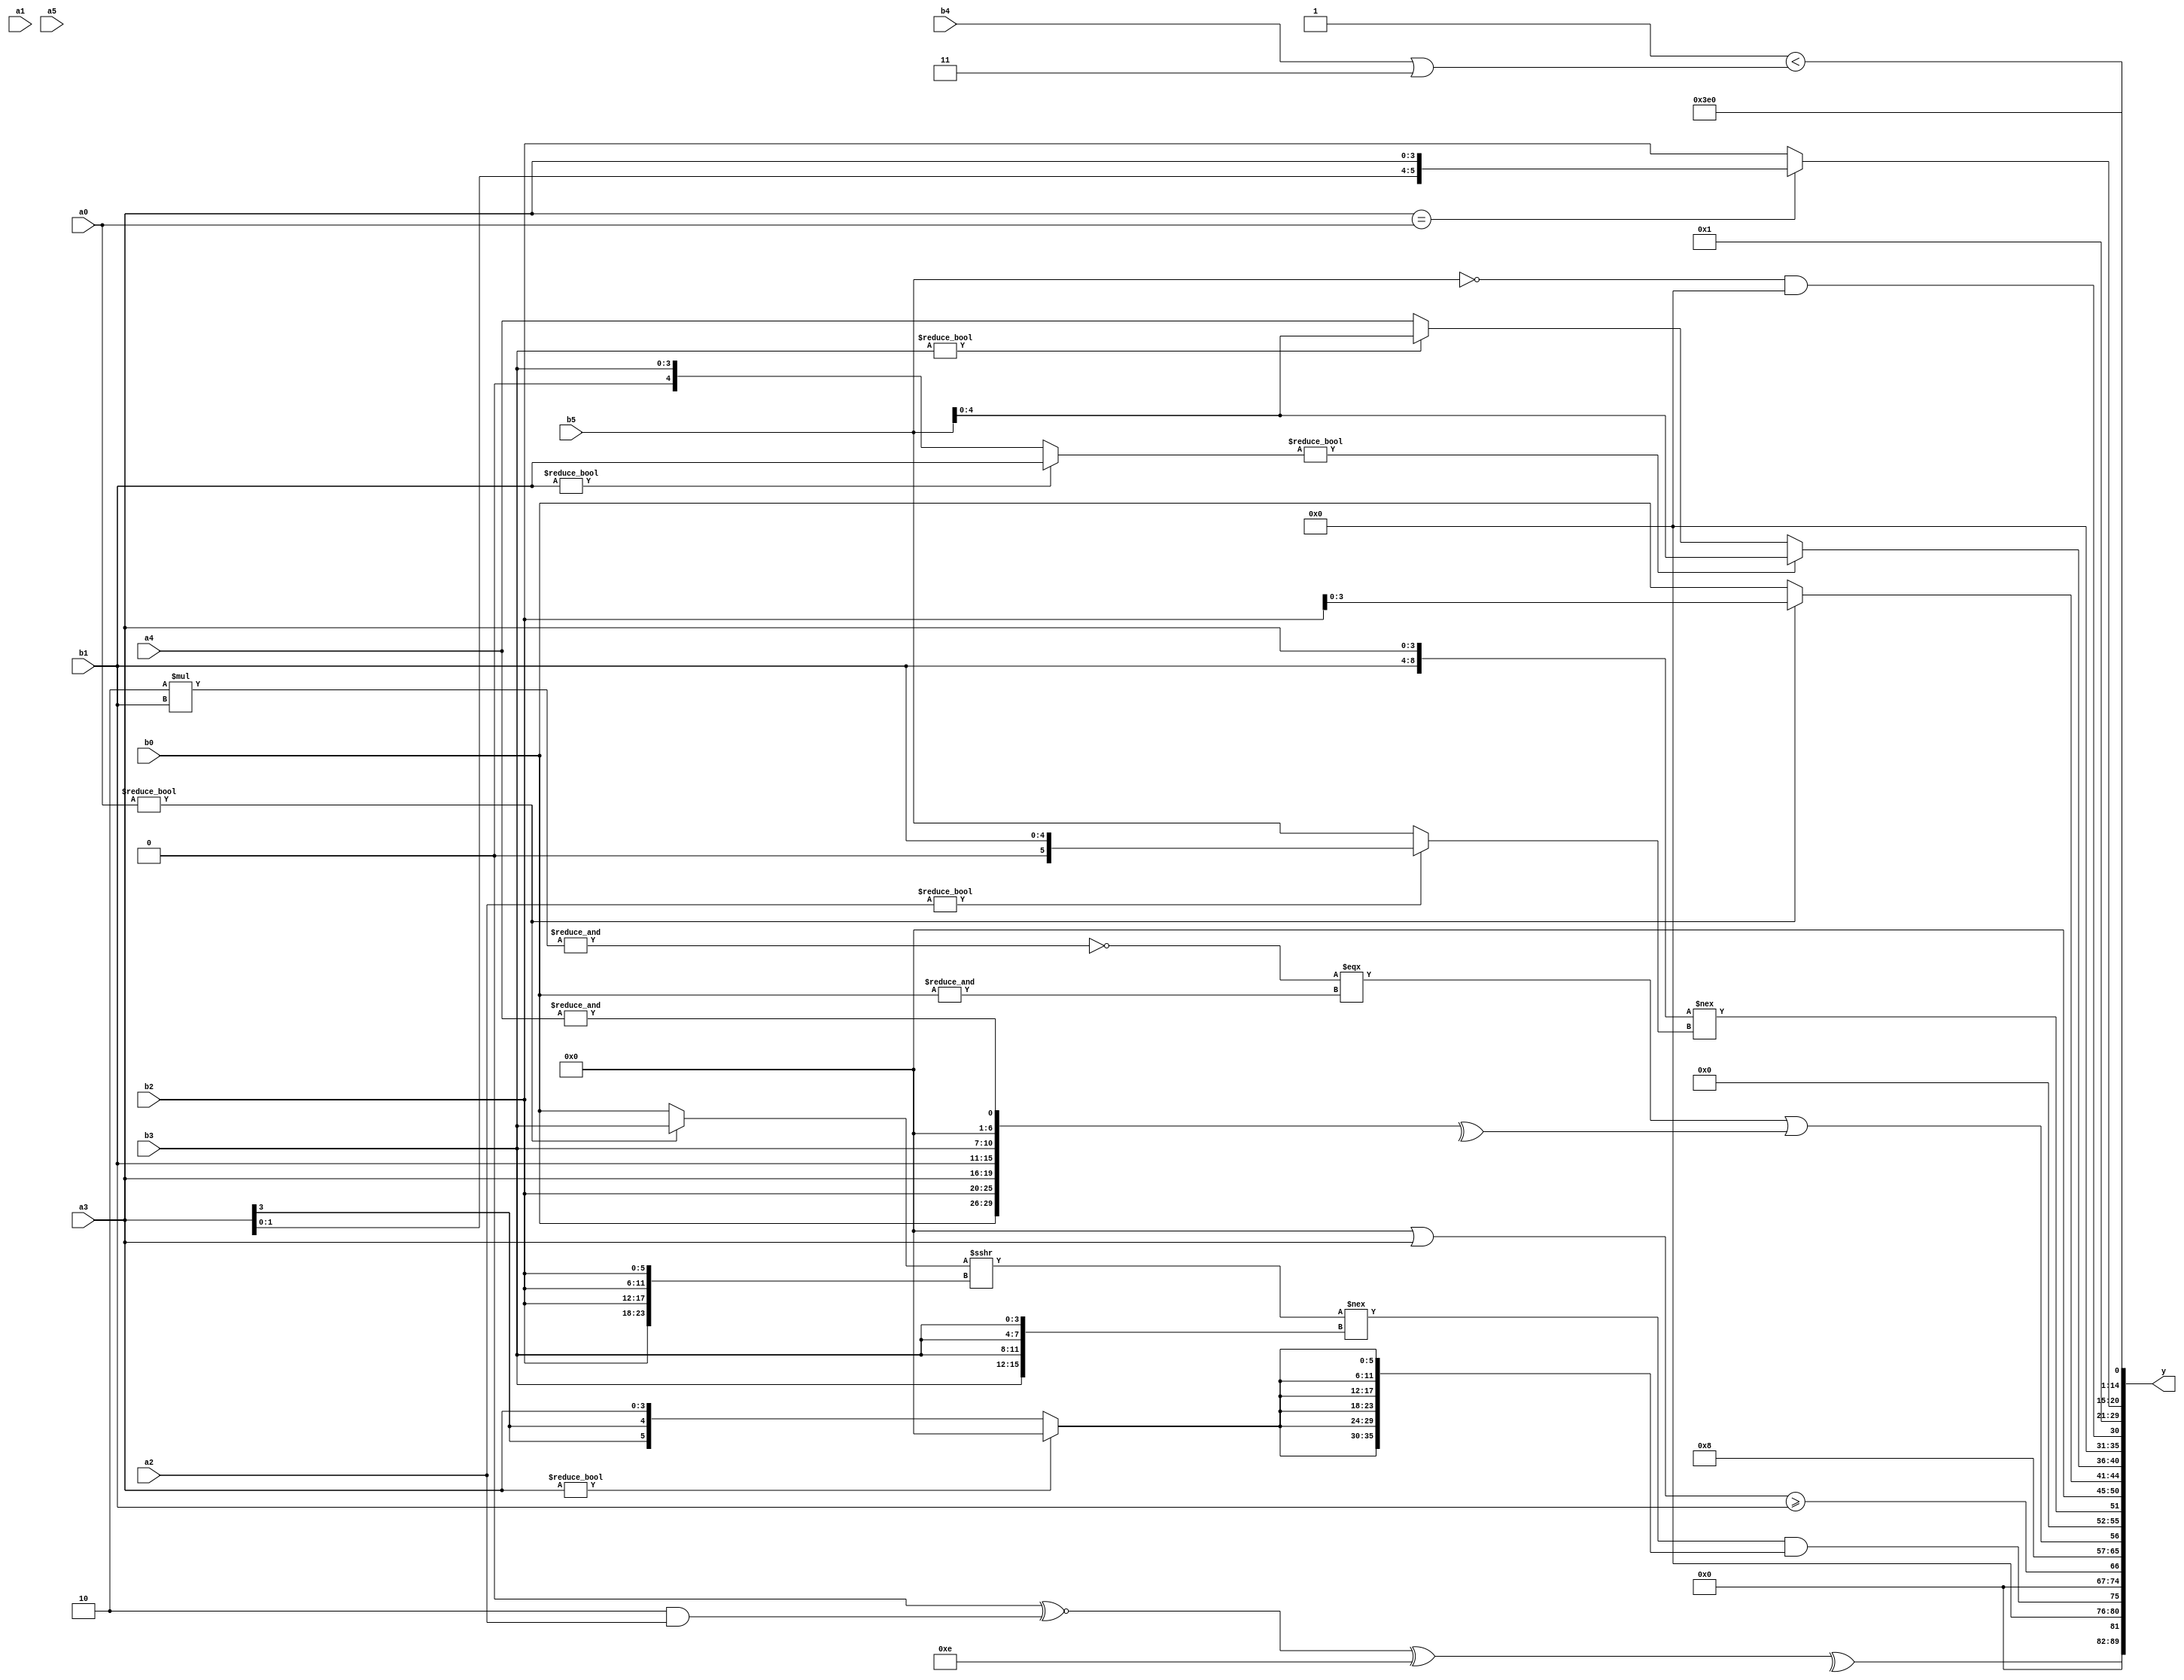
module expression_00944(a0, a1, a2, a3, a4, a5, b0, b1, b2, b3, b4, b5, y);
  input [3:0] a0;
  input [4:0] a1;
  input [5:0] a2;
  input signed [3:0] a3;
  input signed [4:0] a4;
  input signed [5:0] a5;

  input [3:0] b0;
  input [4:0] b1;
  input [5:0] b2;
  input signed [3:0] b3;
  input signed [4:0] b4;
  input signed [5:0] b5;

  wire [3:0] y0;
  wire [4:0] y1;
  wire [5:0] y2;
  wire signed [3:0] y3;
  wire signed [4:0] y4;
  wire signed [5:0] y5;
  wire [3:0] y6;
  wire [4:0] y7;
  wire [5:0] y8;
  wire signed [3:0] y9;
  wire signed [4:0] y10;
  wire signed [5:0] y11;
  wire [3:0] y12;
  wire [4:0] y13;
  wire [5:0] y14;
  wire signed [3:0] y15;
  wire signed [4:0] y16;
  wire signed [5:0] y17;

  output [89:0] y;
  assign y = {y0,y1,y2,y3,y4,y5,y6,y7,y8,y9,y10,y11,y12,y13,y14,y15,y16,y17};

  localparam [3:0] p0 = (~&{4{((2'sd0)===(2'sd0))}});
  localparam [4:0] p1 = ((((3'd1)>(2'd3))?((2'sd0)!==(3'd2)):((5'd28)?(4'd1):(2'd1)))>>(2'sd0));
  localparam [5:0] p2 = ((((3'd3)?(5'sd13):(4'd10))+((3'd4)?(2'd3):(2'd3)))>(+(~(^{{{4{(4'd14)}}}}))));
  localparam signed [3:0] p3 = ((-4'sd1)<<(5'd21));
  localparam signed [4:0] p4 = ((4'd8)&(5'd24));
  localparam signed [5:0] p5 = (|(-{4{(^(~|(5'd11)))}}));
  localparam [3:0] p6 = (!(-(2'd1)));
  localparam [4:0] p7 = ({3{((4'd4)?(-5'sd6):(2'sd0))}}?(!{1{{1{{1{(3'd0)}}}}}}):(4'sd3));
  localparam [5:0] p8 = (+(((3'd5)?(-4'sd5):(5'd0))?((5'd1)<<(2'd0)):((-3'sd0)&&(-3'sd1))));
  localparam signed [3:0] p9 = (2'd3);
  localparam signed [4:0] p10 = (5'd17);
  localparam signed [5:0] p11 = ((((2'd2)&(3'sd3))<(2'd3))<<(((5'sd3)+(2'd2))!={(2'sd0),(-2'sd0),(5'd31)}));
  localparam [3:0] p12 = {2{(-2'sd0)}};
  localparam [4:0] p13 = (((3'sd1)?(4'd13):(2'sd0))?(3'd4):((-4'sd4)?(5'd18):(4'sd3)));
  localparam [5:0] p14 = (((!(3'd1))&(~(3'd3)))<<(-((4'd12)-(4'sd3))));
  localparam signed [3:0] p15 = (^(5'sd5));
  localparam signed [4:0] p16 = (|{(~|{(!(3'd2))}),(~&(!(^(4'sd4))))});
  localparam signed [5:0] p17 = {3{(^((2'd3)-(2'd0)))}};

  assign y0 = (~^p16);
  assign y1 = (^{(((^p6)^~(p11&a2))^(4'd14))});
  assign y2 = ((((a0?b3:b0)>>>{4{b2}})!=={1{{4{b3}}}})&&{2{{3{(a3?p5:a3)}}}});
  assign y3 = ($signed((3'd7))&(((2'sd0)^(p6))>>((a2<=b5)<<<(p13>=p14))));
  assign y4 = ({(p17||a3)}>=($unsigned((b1))));
  assign y5 = (({3{p14}}?$unsigned(p17):(p12>>>p13))==({2{p13}}&&(p8>=p13)));
  assign y6 = (((~&(6'd2 * b1))===(!(^(~&b0))))|(^{{{b0,b2,a3},{b1,b3,p5},(&a4)}}));
  assign y7 = ({b1,a3}!==(a2?b1:b5));
  assign y8 = (^p3);
  assign y9 = (a0?b2:b0);
  assign y10 = ((b1?b1:b3)?(p14?b1:b5):(b3?b5:a4));
  assign y11 = ((!b5)&&(p10&p6));
  assign y12 = {2{p5}};
  assign y13 = (~&(-{(~&(~^(~^(p1?p12:p3)))),{$unsigned((^{p13}))}}));
  assign y14 = ((a3==a0)?{3{a3}}:{3{b2}});
  assign y15 = ({(~{p5}),{p17,p16}}?(+(~|(-{{p4},{p9,p1}}))):{(p5?p8:p3),(+p16),(&p7)});
  assign y16 = {$unsigned(((a4?p13:p10)>>{a2,a5})),(-((4'sd5)?$unsigned(p8):(~&b3)))};
  assign y17 = ((((4'sd2)>=(p0+p1))<((+b4)|(3'd3)))&(((a5>=a2)&(p8>p1))||((p10==p15)<(-5'sd3))));
endmodule